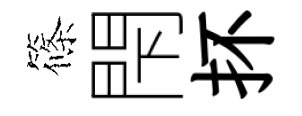
篠閇抔